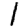
Digit: 1